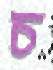
চ